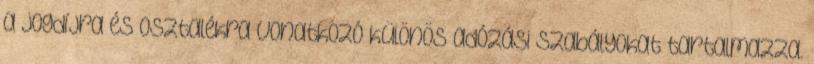
a jogdíjra és osztalékra vonatkozó különös adózási szabályokat tartalmazza.